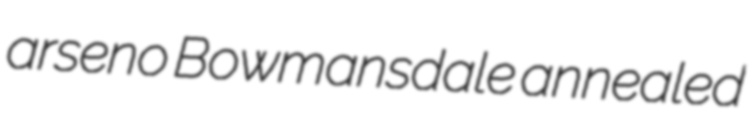
arseno Bowmansdale annealed